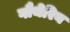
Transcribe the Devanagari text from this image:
गौथेरिन